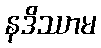
နဒိဿာမ